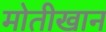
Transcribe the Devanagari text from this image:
मोतीखान